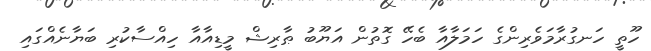
ހޫތީ ހަނގުރާމަވެރިންގެ ހަމަލާއާ ބެހޭ ގޮތުން އަޔޫބު ޠާރިޝް މީޑިއާއާ ހިއްސާކުރި ބަޔާނެއްގައި